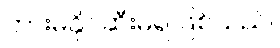
တားမနိုင်ဆီးမရ ဖြစ်သည်။